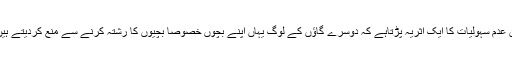
ان عدم سہولیات کا ایک اثریہ پڑتاہے کہ دوسرے گاؤں کے لوگ یہاں اپنے بچوں خصوصاً بچیوں کا رشتہ کرنے سے منع کردیتے ہیں۔